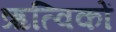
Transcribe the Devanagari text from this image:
ऋत्विकों